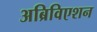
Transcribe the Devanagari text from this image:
अब्रिविएशन